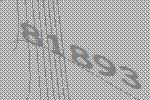
81893